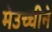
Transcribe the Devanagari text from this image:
मेउच्चीने